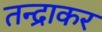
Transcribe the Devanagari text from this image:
तन्द्राकर